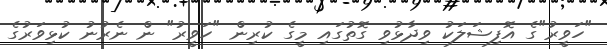
"ހަވީރު"ގެ އޮފިޝަލަކު ވިދާޅުވި ގޮތުގައި މީގެ ކުރިން "ހަވީރު" ން ނެރުނު ކުޅިވަރުގެ